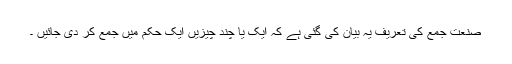
صنعت جمع کی تعریف یہ بیان کی گئی ہے کہ ایک یا چند چیزیں ایک حکم میں جمع کر دی جائیں ۔